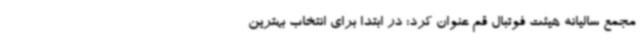
مجمع سالیانه هیئت فوتبال قم عنوان کرد: در ابتدا برای انتخاب بهترین